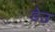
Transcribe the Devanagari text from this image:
डेउ